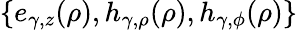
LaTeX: \{ e_{\gamma,z}(\rho),h_{\gamma,\rho}(\rho),h_{\gamma,\phi}(\rho)\}